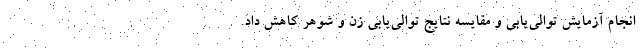
انجام آزمایش توالی‌یابی و مقایسه نتایج توالی‌یابی زن و شوهر کاهش داد.